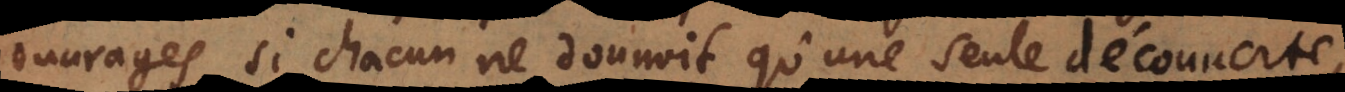
ouvrages; si chacun ne donnoit qu’une seule découverte,